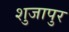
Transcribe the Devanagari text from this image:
शुजापुर